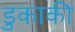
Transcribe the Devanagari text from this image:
डुकाकी